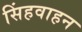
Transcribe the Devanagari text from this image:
सिंहवाहन